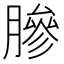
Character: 𬛓